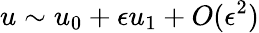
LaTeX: u\sim u_{0}+\epsilon u_{1}+O(\epsilon^{2})